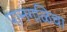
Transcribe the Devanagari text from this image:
पानगळिचा